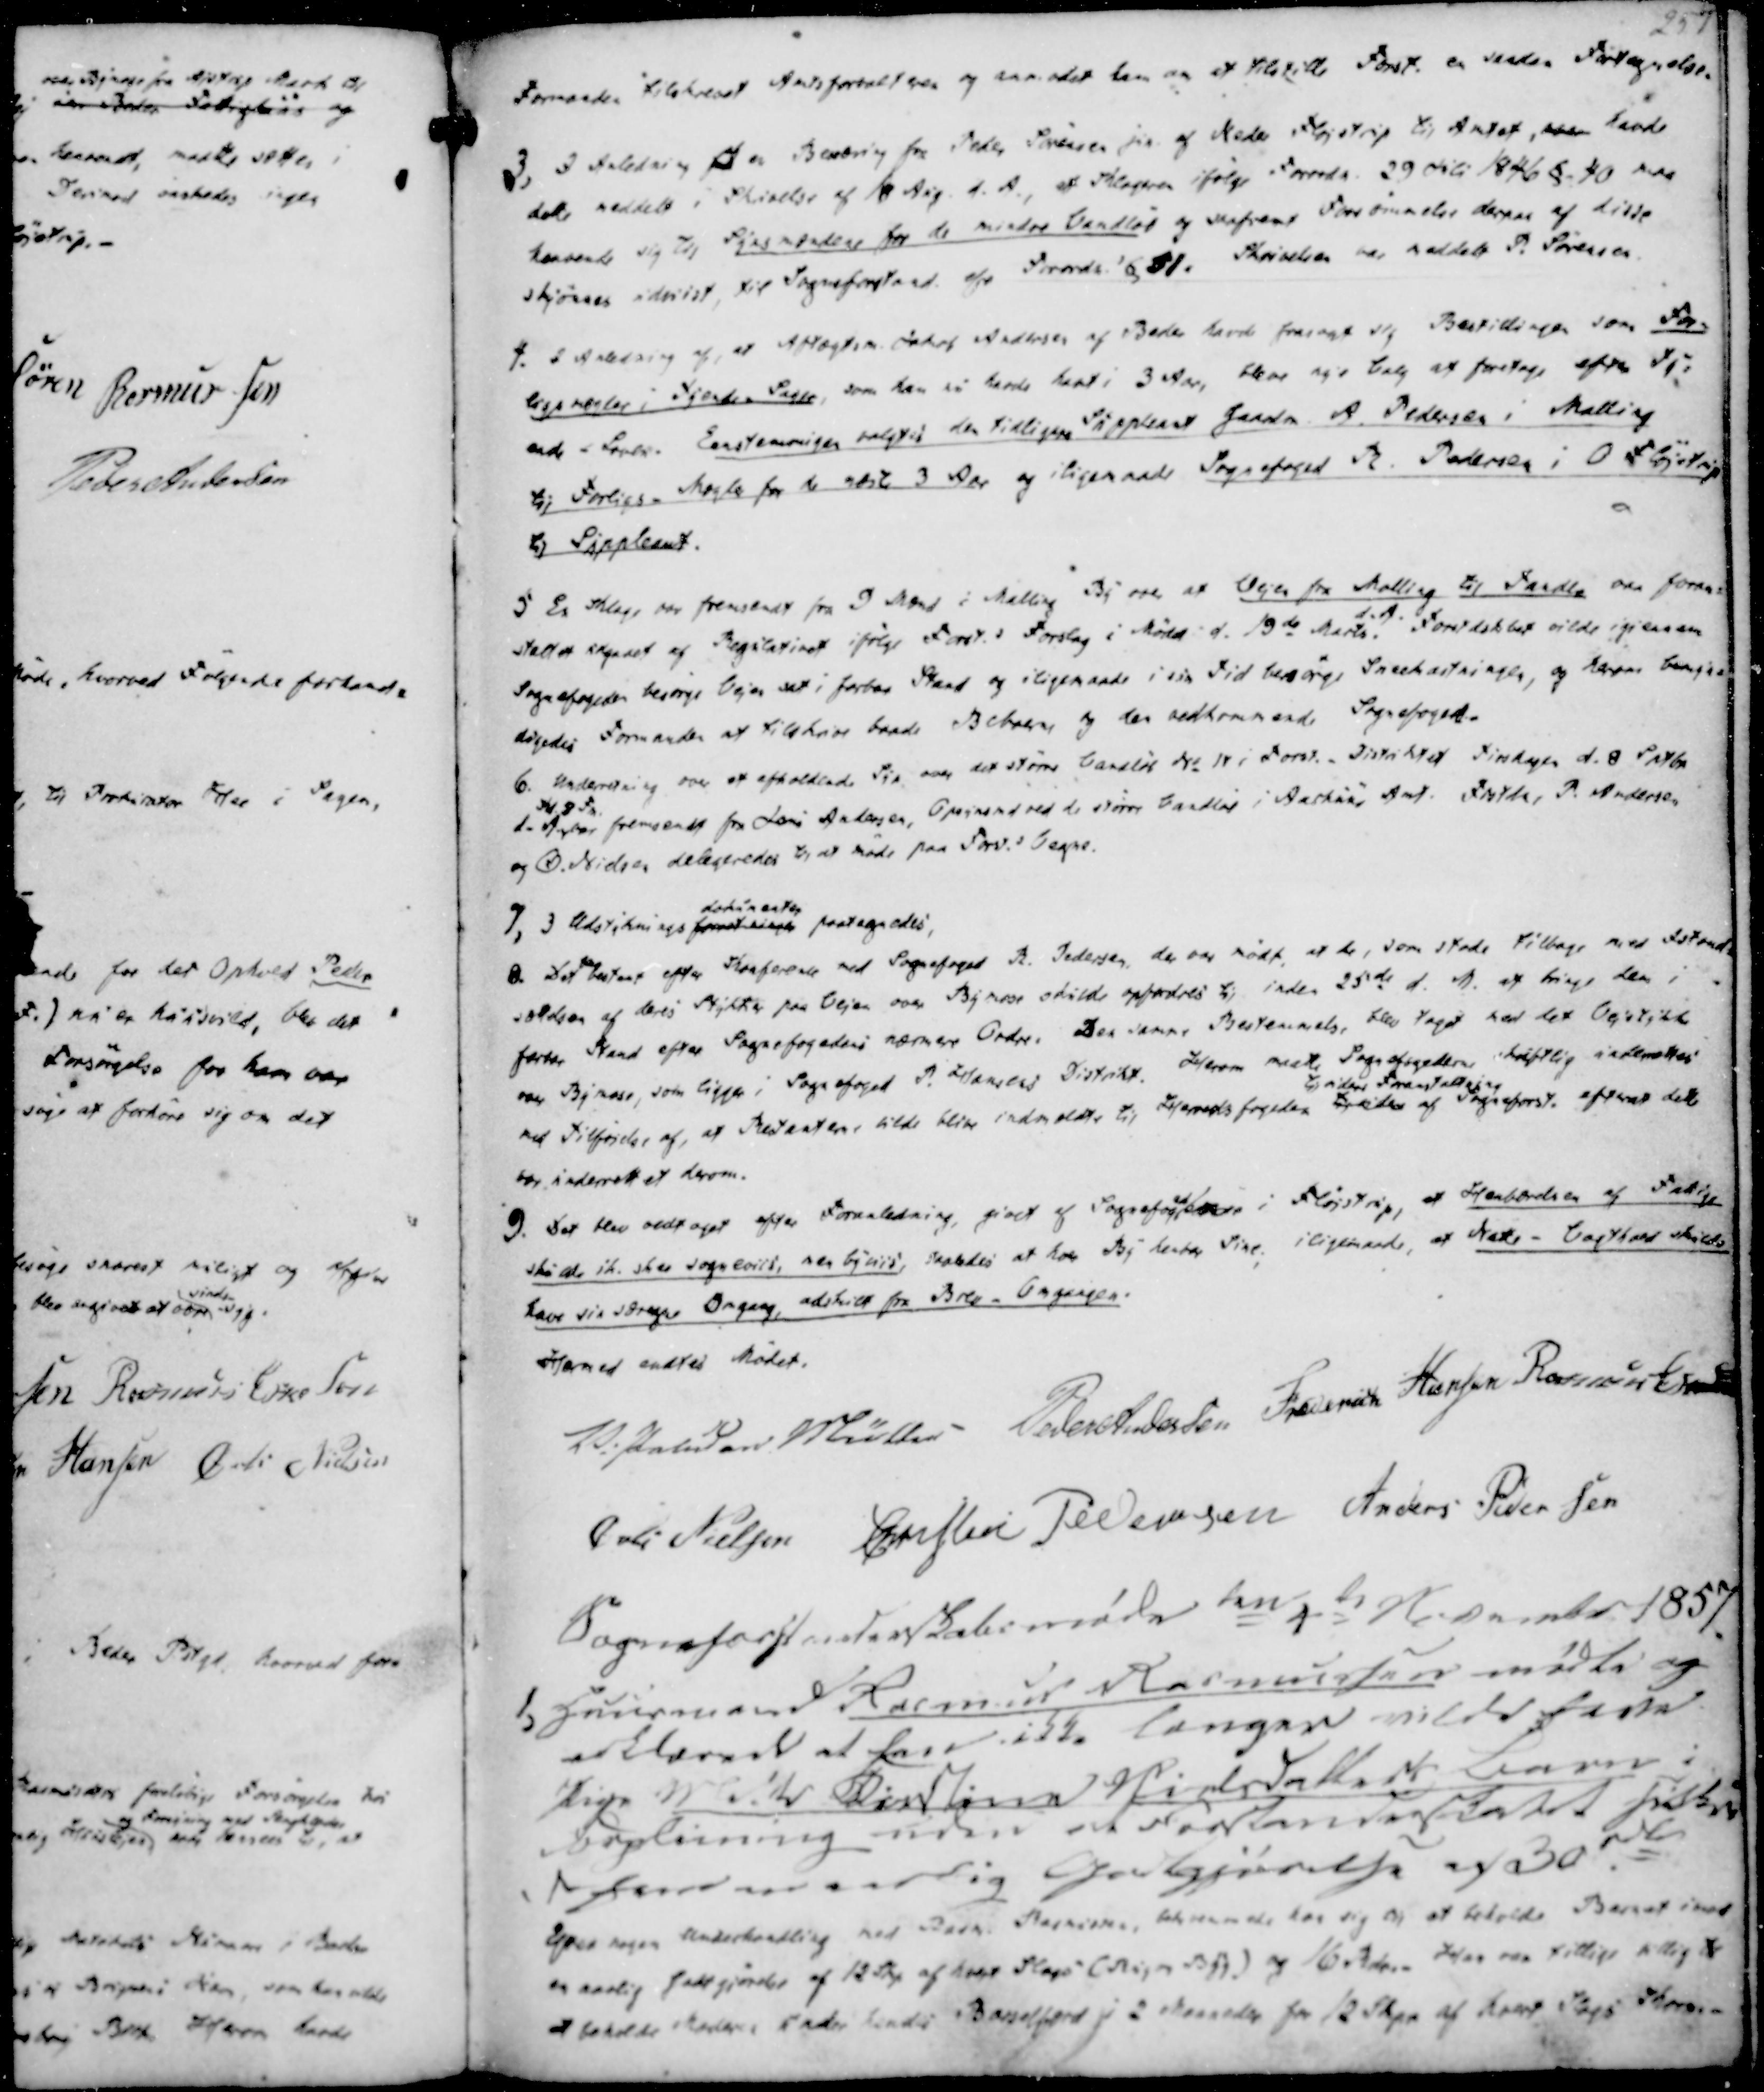
Transskription:
Formanden tilskrevet Amtsforvalteren og anmodet ham om at tilstille Forst. en saadan Fortegnelse.

3, I Anledning af en Bendring fra Peder Sørensen jun. af Neder Fløjstrup til Amtet, over havde
dette meddelt i Skrivelse af 18 Aug. d.A., at Klagen ifølge Forordn. 29 Juli 1846 §. 40 maa
henvende sig til Synsmændene for de mindre Vandløb og saafremt Forsømmelse derom af disse
skjønnes udvist, til Sogneforstand. ef. Forordn. § 51. Skrivelsen var meddelt P. Sørensen
4. I Anledning af, at Aftægtesm. Jakob Andersen af Beder havde frasagt sig Bestillingen som For-
ligsmægler i Tyende- Sager, som han nu havde havt i 3 Aar, bleve nye Valg at foretage efter Ty-
ende - Loven. Enstemmigen valgtes den tidligere Suppleant Gaardm. A. Pedersen i Malling
til Forligs- Mægler for de næste 3 Aar og iligemaade Sognefoged R. Pedersen i O Fløjstrup
til Suppleant.

5. En Klage var fremsendt fra 3 Mænd i Malling By over at Vejen fra Malling til Tandle var foran-
staltet udgaaet af Regulativet ifølge Forst.s Forslag i Mødet d. 19de Marts
d.A.
Forstdskbet vilde igiennem
Sognefogeden besørge Vejen sat i farbar Stand og iligemaade i sin Tid besørge Sneekastningen, og herom bemyn-
digedes Formanden at tilskrive baade Beboere og den vedkommende Sognefoged.
6. Underretning over et afholdende Syn over det større Vandløb No. 18 i Forst.-Distriktet Tirsdagen d. 8 Sptbr
Kl 8 Fm.
d. Ander fremsendt fra Jens Andersen, Opsynsmd ved de større Vandløb i Aarhuus Amt. Frstdr, P. Andersen
og Ø. Nielsen delegeredes til at møde paa Forst.s Vegne

7, 3 Udstyknings forretninger
dokumenter
paategnedes
8. Det blev bestemt efter Konference med Sognefoged R. Pedersen, der var mødt, at de, som stode tilbage med Fstand-
sældsen af deres Stykker paa Vejen over Bymose skulde opfordres til inden 25de d. M. at bringe dem i
farbar Stand efter Sognefogedens nærmere Ordre. Den samme Bestemmelse, blev taget ved det Vejstykke
over Bymose, som ligger i Sognefoged P. Hansens Distrikt. Herom maatte Sognefogederne skriftlig underrettes
med Tilføjelse af, at Restanten vilde blive indmeldte til Herredsfogeden til videre
til videre Foranstaltning
af Sogneforst. efterat dette
var underrettet derom.
9. Det blev vedtaget efter Foranledning, givet af Sognefogden i Fløjstrup, at Henbærelsen af Fattige
skulle ike skee sogneviis, men byviis, saaledes at hver By henter Sine. iligemaade, at Natte - Vagthund skulde
have sin særegne Omgang, adskilt fra Brev-Omgangen.

Hermed endtes Mødet.
V. Paludan Müller
Peder Andersen
Frederik Hansen
Rasmus Eskesen
Øvli Nielsen
Christen Pedersen
Anders Pedersen

Sogneforstanderskabsmøde den 4de November 1857.

1, Huusmand Rasmus Rasmussen mødte og
erklærere at han ikke længer vilde have
Pige Mette Kirstine Nielsdatters Barn i
Forpleining uden at Forstanderskabet sikkre
ham en aarlig Godtgjørelse af 30 rdl
Efter nogen Underhandling med Rasm. Rasmussen, bestemmede han sig til at beholde Barnet imod
en aarlig Godtgjørelse af 12 Skp af hvert Slags (Rug og Byg) og 16 Rdlr. Han var tillige villig til
at beholde Moderen under hendes Barselsfærd i 2 Maaneder for 12 Skpr af hvert slags Korn.